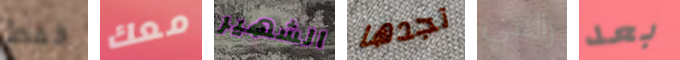
فقط معك الشهير تجدها رالفي بعد